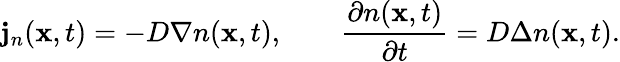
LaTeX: {\mathbf j}_{n}({\mathbf x},t)=-D\nabla n({\mathbf x},t),\qquad\frac{\partial n({\mathbf x},t)}{\partial t}=D\Delta n({\mathbf x},t).